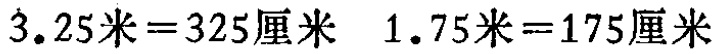
$3.25米=325厘米\ 1.75米=175厘米$